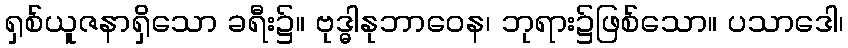
ရှစ်ယူဇနာရှိသော ခရီး၌။ ဗုဒ္ဓါနုဘာဝေန၊ ဘုရား၌ဖြစ်သော။ ပသာဒေါ၊